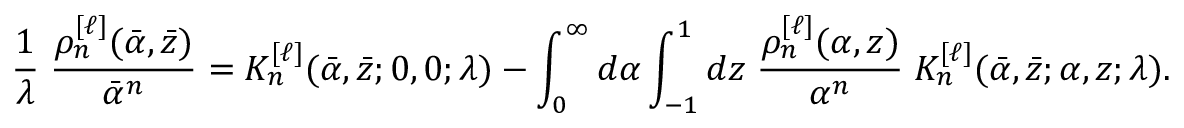
\frac { 1 } { \lambda } \; \frac { \rho _ { n } ^ { [ \ell ] } ( \bar { \alpha } , \bar { z } ) } { \bar { \alpha } ^ { n } } = { \cal K } _ { n } ^ { [ \ell ] } ( \bar { \alpha } , \bar { z } ; 0 , 0 ; \lambda ) - \int _ { 0 } ^ { \infty } d \alpha \int _ { - 1 } ^ { 1 } d z \; \frac { \rho _ { n } ^ { [ \ell ] } ( \alpha , z ) } { \alpha ^ { n } } \; { \cal K } _ { n } ^ { [ \ell ] } ( \bar { \alpha } , \bar { z } ; \alpha , z ; \lambda ) .